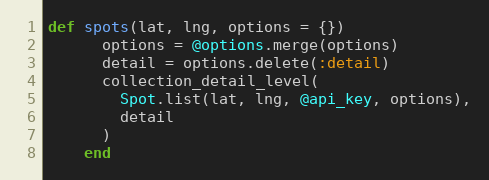
Language: Ruby
def spots(lat, lng, options = {})
      options = @options.merge(options)
      detail = options.delete(:detail)
      collection_detail_level(
        Spot.list(lat, lng, @api_key, options),
        detail
      )
    end